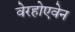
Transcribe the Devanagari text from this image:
वेरहोएवेन